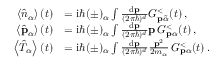
\begin{array} { r l } { \left\langle \hat { n } _ { \alpha } \right\rangle ( t ) } & { = \mathrm { i } \hbar ( \pm ) _ { \alpha } \int \frac { \mathrm { d } \mathbf { p } } { ( 2 \pi \hbar ) ^ { d } } G _ { \mathbf { p } \tilde { \alpha } } ^ { < } ( t ) \, , } \\ { \left\langle \hat { \mathbf { p } } _ { \alpha } \right\rangle ( t ) } & { = \mathrm { i } \hbar ( \pm ) _ { \alpha } \int \frac { \mathrm { d } \mathbf { p } } { ( 2 \pi \hbar ) ^ { d } } \mathbf { p } \, G _ { \mathbf { p } \alpha } ^ { < } ( t ) \, , } \\ { \left\langle \hat { T } _ { \alpha } \right\rangle ( t ) } & { = \mathrm { i } \hbar ( \pm ) _ { \alpha } \int \frac { \mathrm { d } \mathbf { p } } { ( 2 \pi \hbar ) ^ { d } } \frac { \mathbf { p } ^ { 2 } } { 2 m _ { \alpha } } \, G _ { \mathbf { p } \alpha } ^ { < } ( t ) \, . } \end{array}